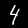
Label: 4